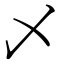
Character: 乄